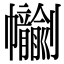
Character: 𢆂